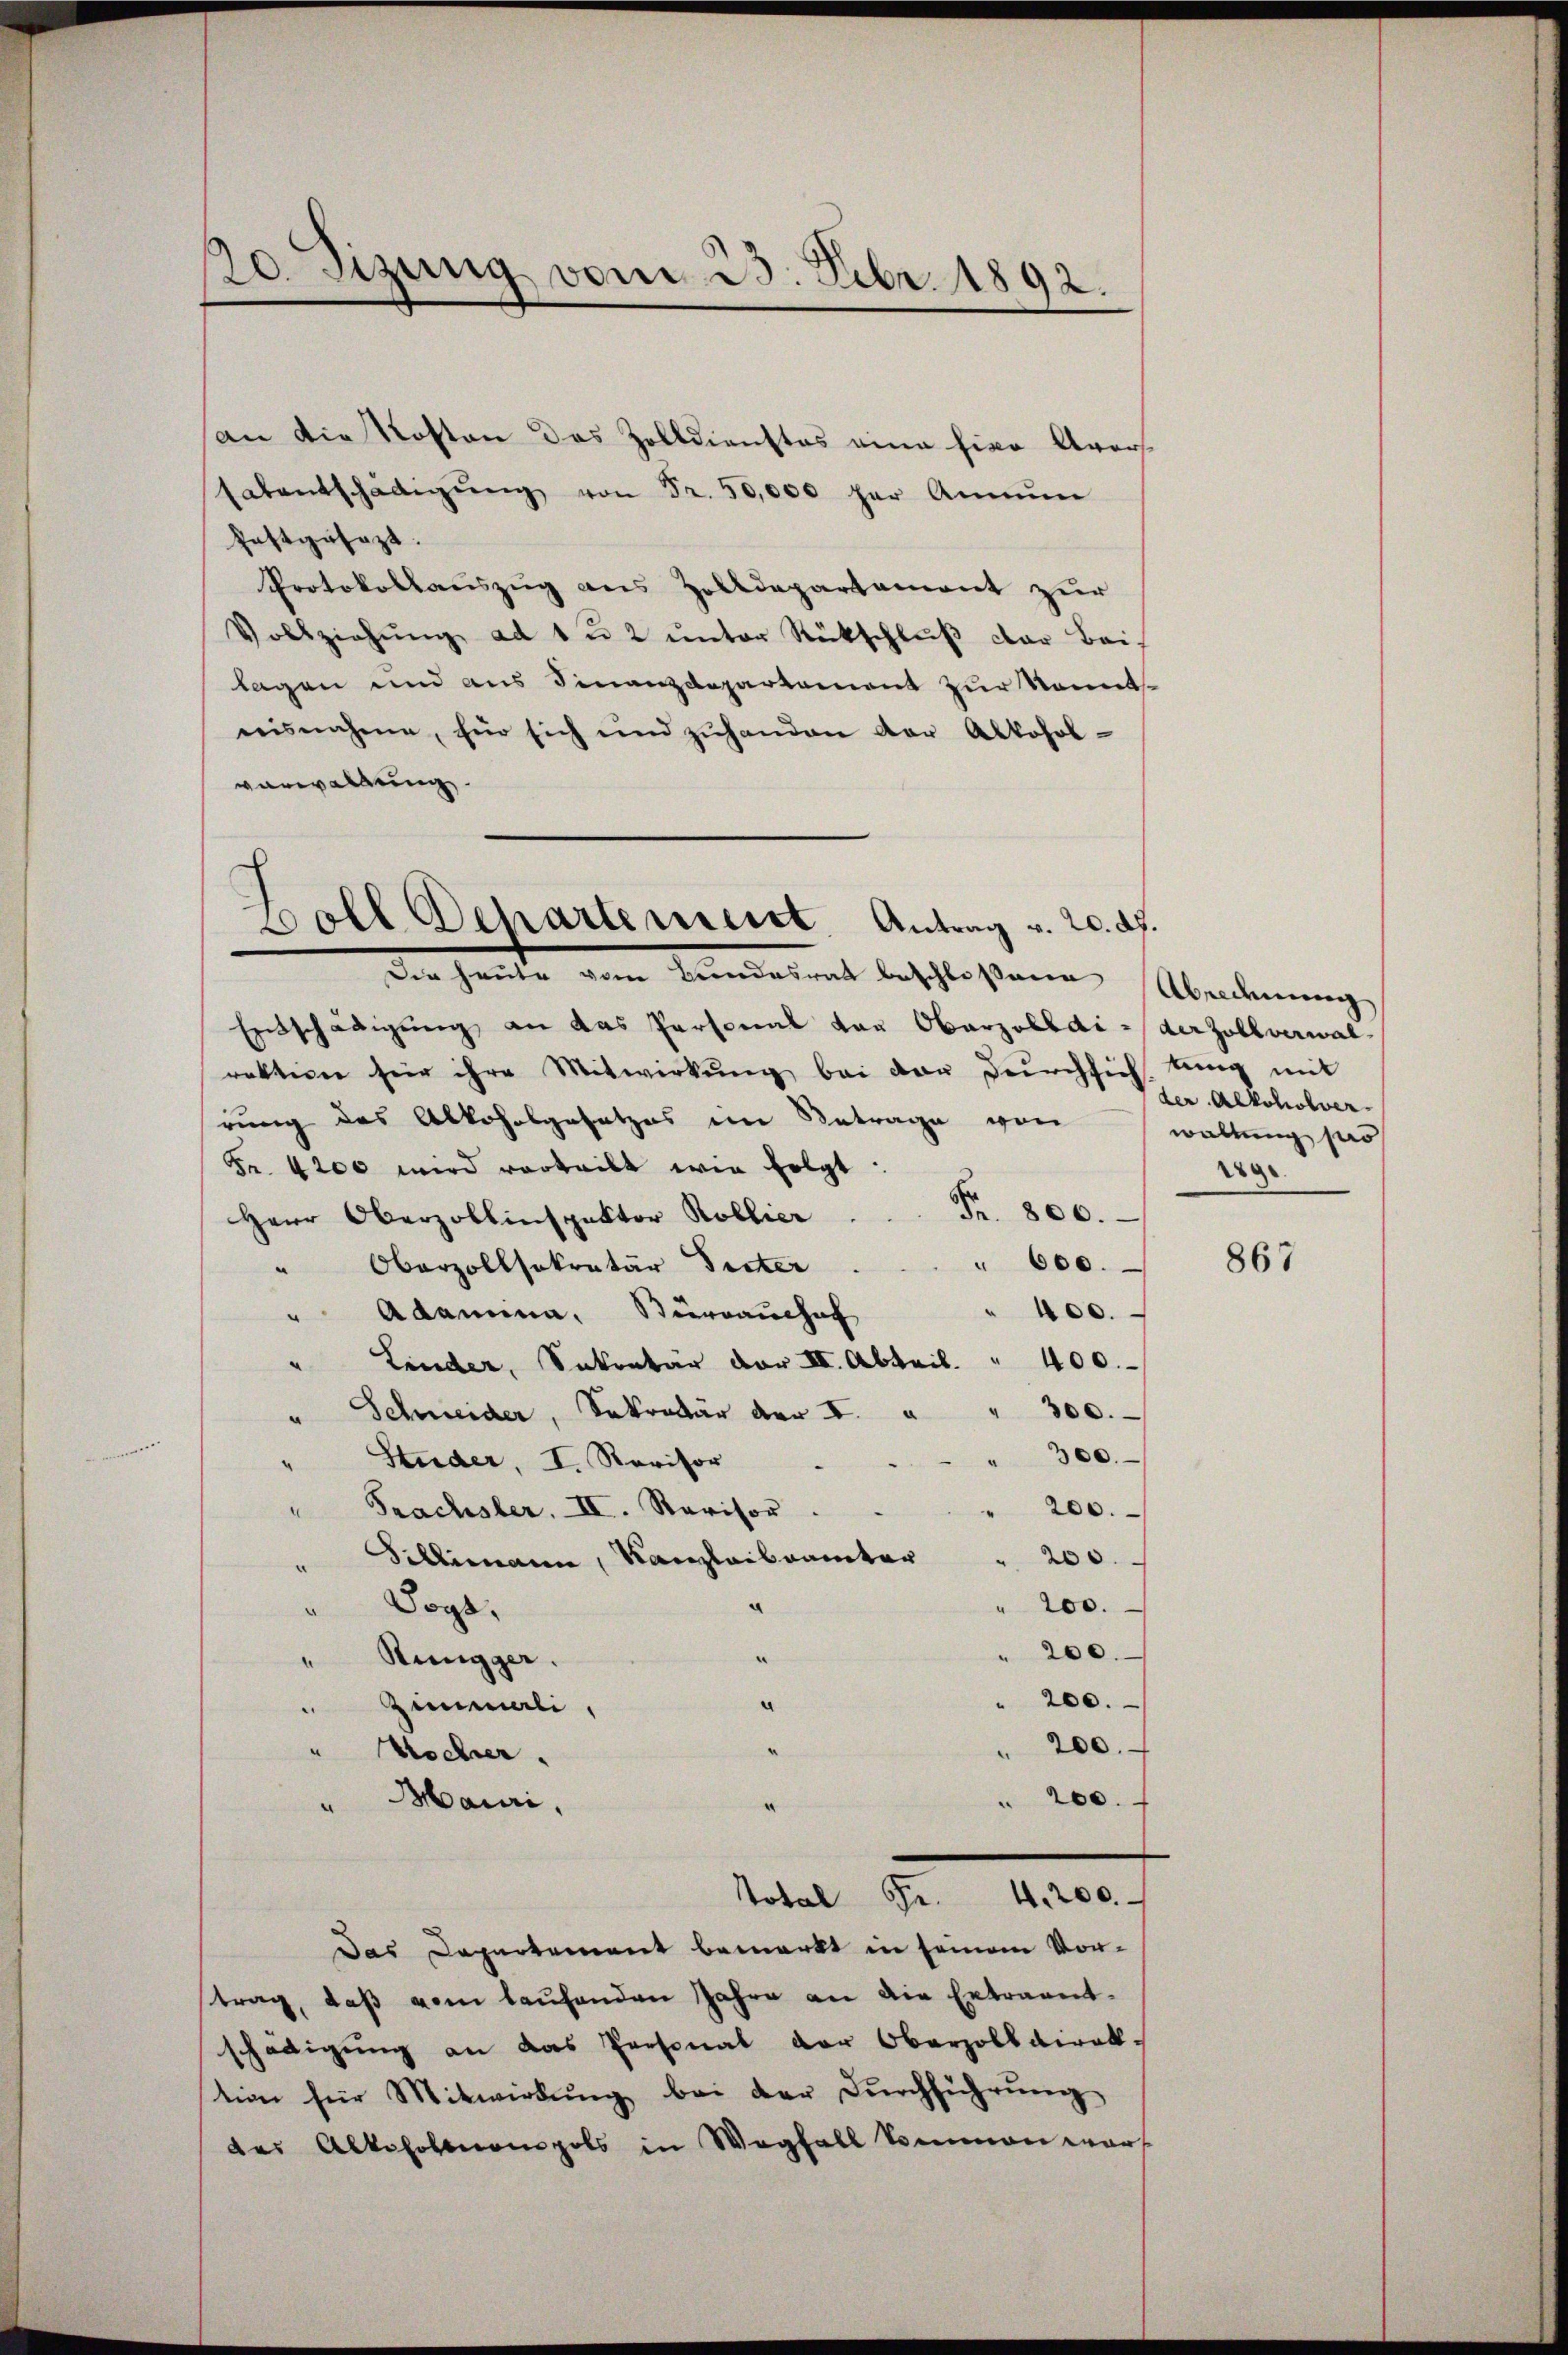
20. Sizung vom 23. Febr. 1892.

an die Kosten des Zolldienstes eine hier Avers
satentschädigŭng von Fr. 50,000 her Annum
festgesezt.
Protokollauszug aus Zolldepartement zur
Vollziehŭng ad 1 u 2 unter Rückschluß der Beis
lagen und aus Finanzdepartement zur Sonnt
nisnahme, für sich und zŭhanden der Alkohol-
vorwaltung.
Entschädigung an das Personal von Oberzolldi- der Zollverwalraktion für ihre Mitwirkŭng bei der durchsichtung mit
rung des Alkoholgesetzes im Betrage von
Fr. 4200 wird vorteilt wie folgt:
Fr. 800.
Herr Oberzollinspektor Kollier
" 600.
Oberzollsekretär Tinter
.
" 400.
Adamina, Surrauchaf
Linder, Sekretär der II. Abteil " 400.
300.
" Schneider, Sekretär der I.
.
" 300.
Studer, I. Revisor
200.
Prachsler. II. Revisor
" Villimann, Kanzleibeamter " 200.
" 200.
" Vogt,
" 200.
.
"Rungger.
200.
Zimali
200.
¬
" Wocher.
 200.
Mauri,
.
4200.
a 5
Das Departement bemerkt in seinem Vortrag, daß vom laufenden Jahre an die Ertraentschädigung an das Personal der Oberzolldirektion für Mitwirkung bei der Dŭrchführung
des Altehoftempels in Wegfall kommen warf

Soll Departement. Antrag v. 20. d.
Der heute vom Mandatent beschloßenen Überleinung

der Alkoholver
waltung so
289.

867